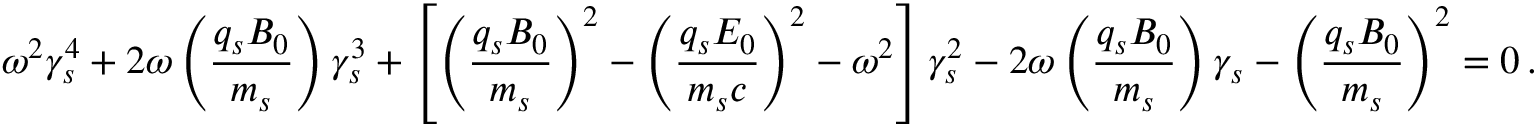
\omega ^ { 2 } \gamma _ { s } ^ { 4 } + 2 \omega \left( \frac { q _ { s } B _ { 0 } } { m _ { s } } \right) \gamma _ { s } ^ { 3 } + \left[ \left( \frac { q _ { s } B _ { 0 } } { m _ { s } } \right) ^ { 2 } - \left( \frac { q _ { s } E _ { 0 } } { m _ { s } c } \right) ^ { 2 } - \omega ^ { 2 } \right] \gamma _ { s } ^ { 2 } - 2 \omega \left( \frac { q _ { s } B _ { 0 } } { m _ { s } } \right) \gamma _ { s } - \left( \frac { q _ { s } B _ { 0 } } { m _ { s } } \right) ^ { 2 } = 0 \, .